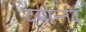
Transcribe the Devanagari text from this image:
दयान्नद